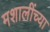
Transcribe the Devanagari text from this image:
मशालींच्या